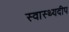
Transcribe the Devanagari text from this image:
स्वास्थ्यदीप